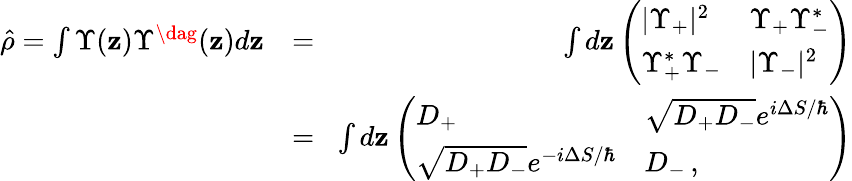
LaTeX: \begin{array}{rlr}{\hat{\rho}=\int\Upsilon(\mathbf{z})\Upsilon^{\dag}(\mathbf{z})d\mathbf{z}}&{=}&{\! \int d\mathbf{z}\left(\begin{array}{ll}{|\Upsilon_{+}|^{2}}&{\Upsilon_{+}\Upsilon_{-}^{*}}\\ {\Upsilon_{+}^{*}\Upsilon_{-}}&{|\Upsilon_{-}|^{2}}\end{array}\right)}\\ &{=}&{\! \int d\mathbf{z}\left(\begin{array}{ll}{D_{+}}&{\sqrt{D_{+}D_{-}}e^{i\Delta S/\hbar}}\\ {\sqrt{D_{+}D_{-}}e^{-i\Delta S/\hbar}}&{D_{-}\, ,}\end{array}\right)}\end{array}